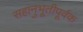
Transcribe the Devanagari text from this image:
सहानुभूतीपूर्वक